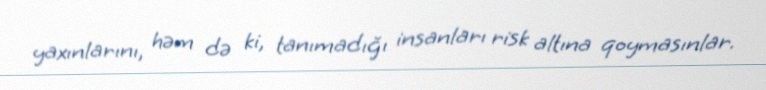
yaxınlarını, həm də ki, tanımadığı insanları risk altına qoymasınlar.